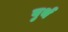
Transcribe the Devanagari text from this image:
वुर्थ